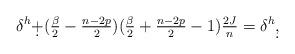
LaTeX: \begin{align*} \delta^h\d+(\tfrac{\beta}{2}-\tfrac{n-2p}{2})(\tfrac{\beta}{2}+\tfrac{n-2p}{2}-1)\tfrac{2J}{n}=\delta^h\d, \end{align*}